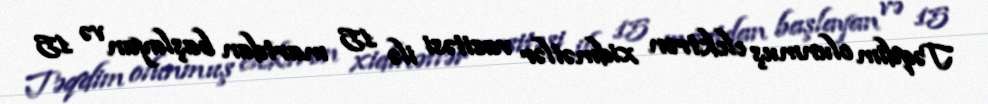
Təqdim olunmuş elektron xidmətlər vasitəsi ilə 15 martdan başlayan və 15